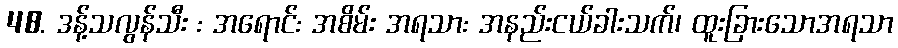
48. ဒန့်သလွန်သီး : အရောင်: အစိမ်း အရသာ: အနည်းငယ်ခါးသက်၊ ထူးခြားသောအရသာ